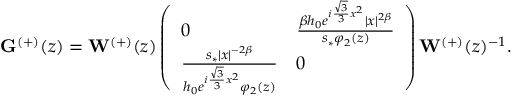
\mathbf { G } ^ { ( + ) } ( z ) = \mathbf { W } ^ { ( + ) } ( z ) \left( \begin{array} { l l } { 0 } & { \frac { \beta h _ { 0 } e ^ { i \frac { \sqrt { 3 } } { 3 } x ^ { 2 } } | x | ^ { 2 \beta } } { s _ { * } \varphi _ { 2 } ( z ) } } \\ { \frac { s _ { * } | x | ^ { - 2 \beta } } { h _ { 0 } e ^ { i \frac { \sqrt { 3 } } { 3 } x ^ { 2 } } \varphi _ { 2 } ( z ) } } & { 0 } \end{array} \right) \mathbf { W } ^ { ( + ) } ( z ) ^ { - 1 } .